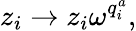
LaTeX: z_{i}\rightarrow z_{i}\omega^{q_{i}^{a}},